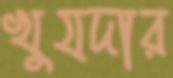
খুযদার